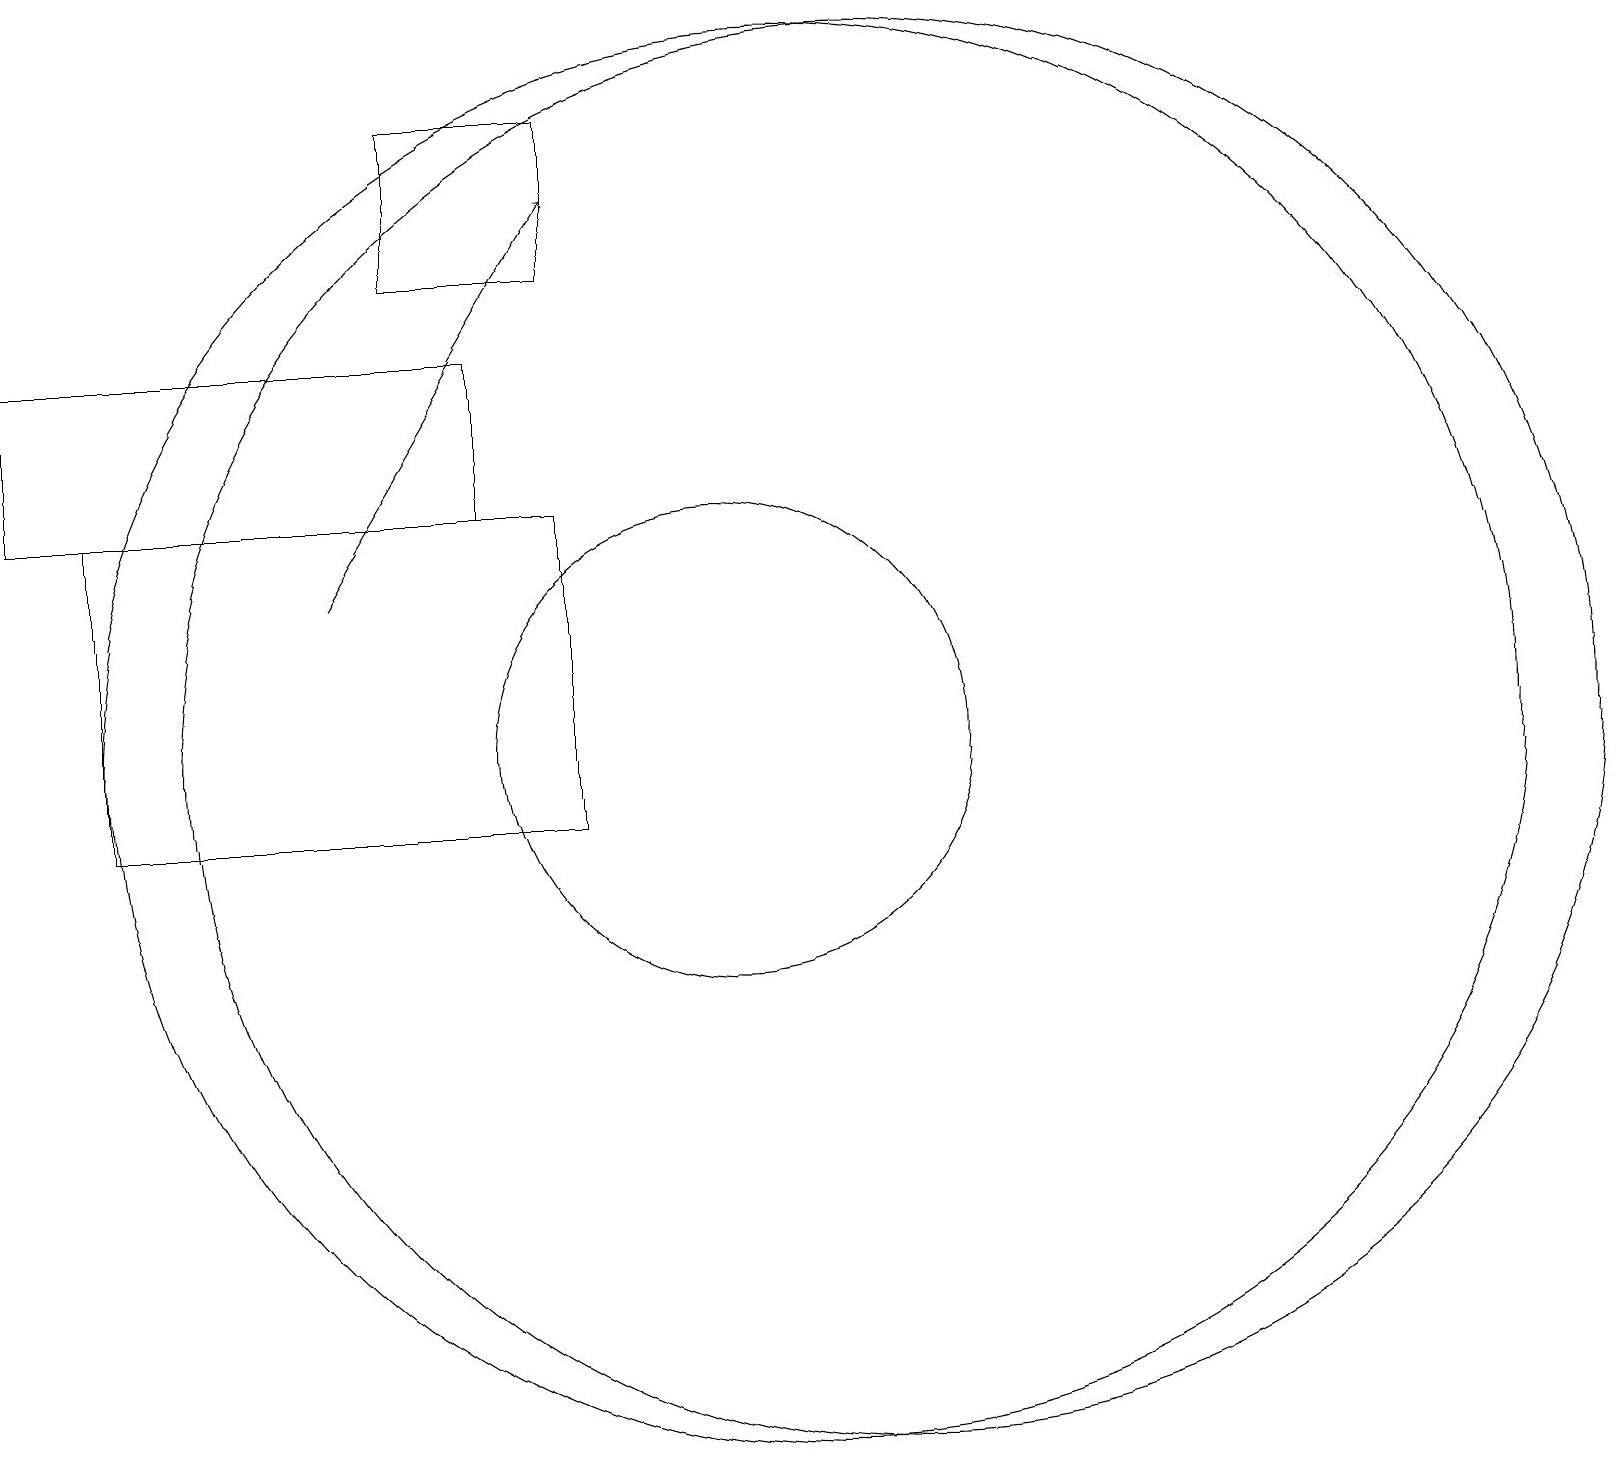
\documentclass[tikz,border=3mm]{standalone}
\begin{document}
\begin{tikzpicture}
\draw (11,11) circle (9);
\draw (10,11) circle (3);
\draw (1,14) rectangle (7,16);
\draw (8,17) rectangle (6,19);
\draw (8,14) rectangle (2,10);
\draw[->] (5,13) -- (8,18);
\draw (12,11) circle (9);
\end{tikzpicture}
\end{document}